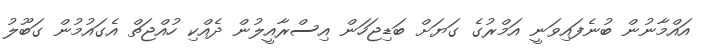
އައްމާނުން ބުނެފައިވަނީ އަމްރުގެ ގަޔަށް ބަޑިޖަހަން އިސްރާއީލުން ދެއްކި ހުއްޖަތް އެގައުމުން ގަބޫލު